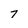
Character: 7